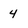
Character: 4